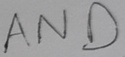
Text: AND